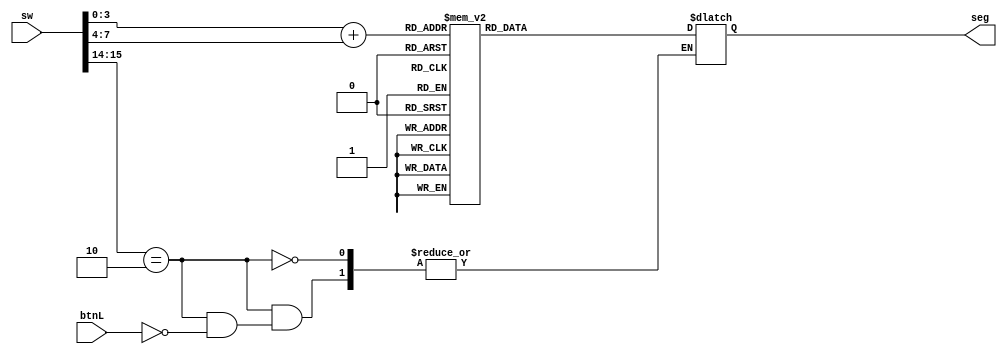
`timescale 1ns / 1ps
//////////////////////////////////////////////////////////////////////////////////
// Company: 
// Engineer: 
// 
// Design Name: 
// Module Name: OneC
// Project Name: 
// Target Devices: 
// Tool Versions: 
// Description: 
// 
// Dependencies: 
// 
// Revision:
// Revision 0.01 - File Created
// Additional Comments:
// 
//////////////////////////////////////////////////////////////////////////////////


module OneC(input [15:0] sw, input btnL, output reg [6:0] seg);
reg [1:0] c;
reg [3:0] switch1, switch2, result;
always@(*)begin
c = sw[15:14];
switch1 = sw[3:0];
switch2 = sw[7:4];
if(c == 2'b10) begin
if(btnL)begin
result = switch1+switch2; 
case(result)
 4'b0000: seg = 7'b1000000; // 0000  
 4'b0001: seg = 7'b1111001; // 0001
 4'b0010: seg = 7'b0100100; // 0010
 4'b0011: seg = 7'b0110000; // 0011
 4'b0100: seg = 7'b0011001; // 0100
 4'b0101: seg = 7'b0010010; // 0101 
 4'b0110: seg = 7'b0000010; // 0110
 4'b0111: seg = 7'b1111000; // 0111 
 4'b1000: seg = 7'b0000000; // 1000 
 4'b1001: seg = 7'b0010000; // 1001
 4'b1010: seg = 7'b0001000; // 1010
 4'b1011: seg = 7'b0000011; // 1011
 4'b1100: seg = 7'b1000110; // 1100
 4'b1101: seg = 7'b0100001; // 1101
 4'b1110: seg = 7'b0000110; // 1110
 4'b1111: seg = 7'b0001110; // 1111  
 default: seg = 7'b1000000; // 0000
 endcase
end
end
end
endmodule